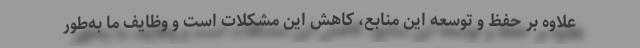
علاوه بر حفظ و توسعه این منابع، کاهش این مشکلات است و وظایف ما به‌طور